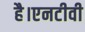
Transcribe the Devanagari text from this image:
है।एनटीवी